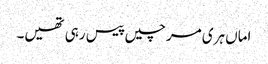
اماں ہری مرچیں پیس رہی تھیں۔